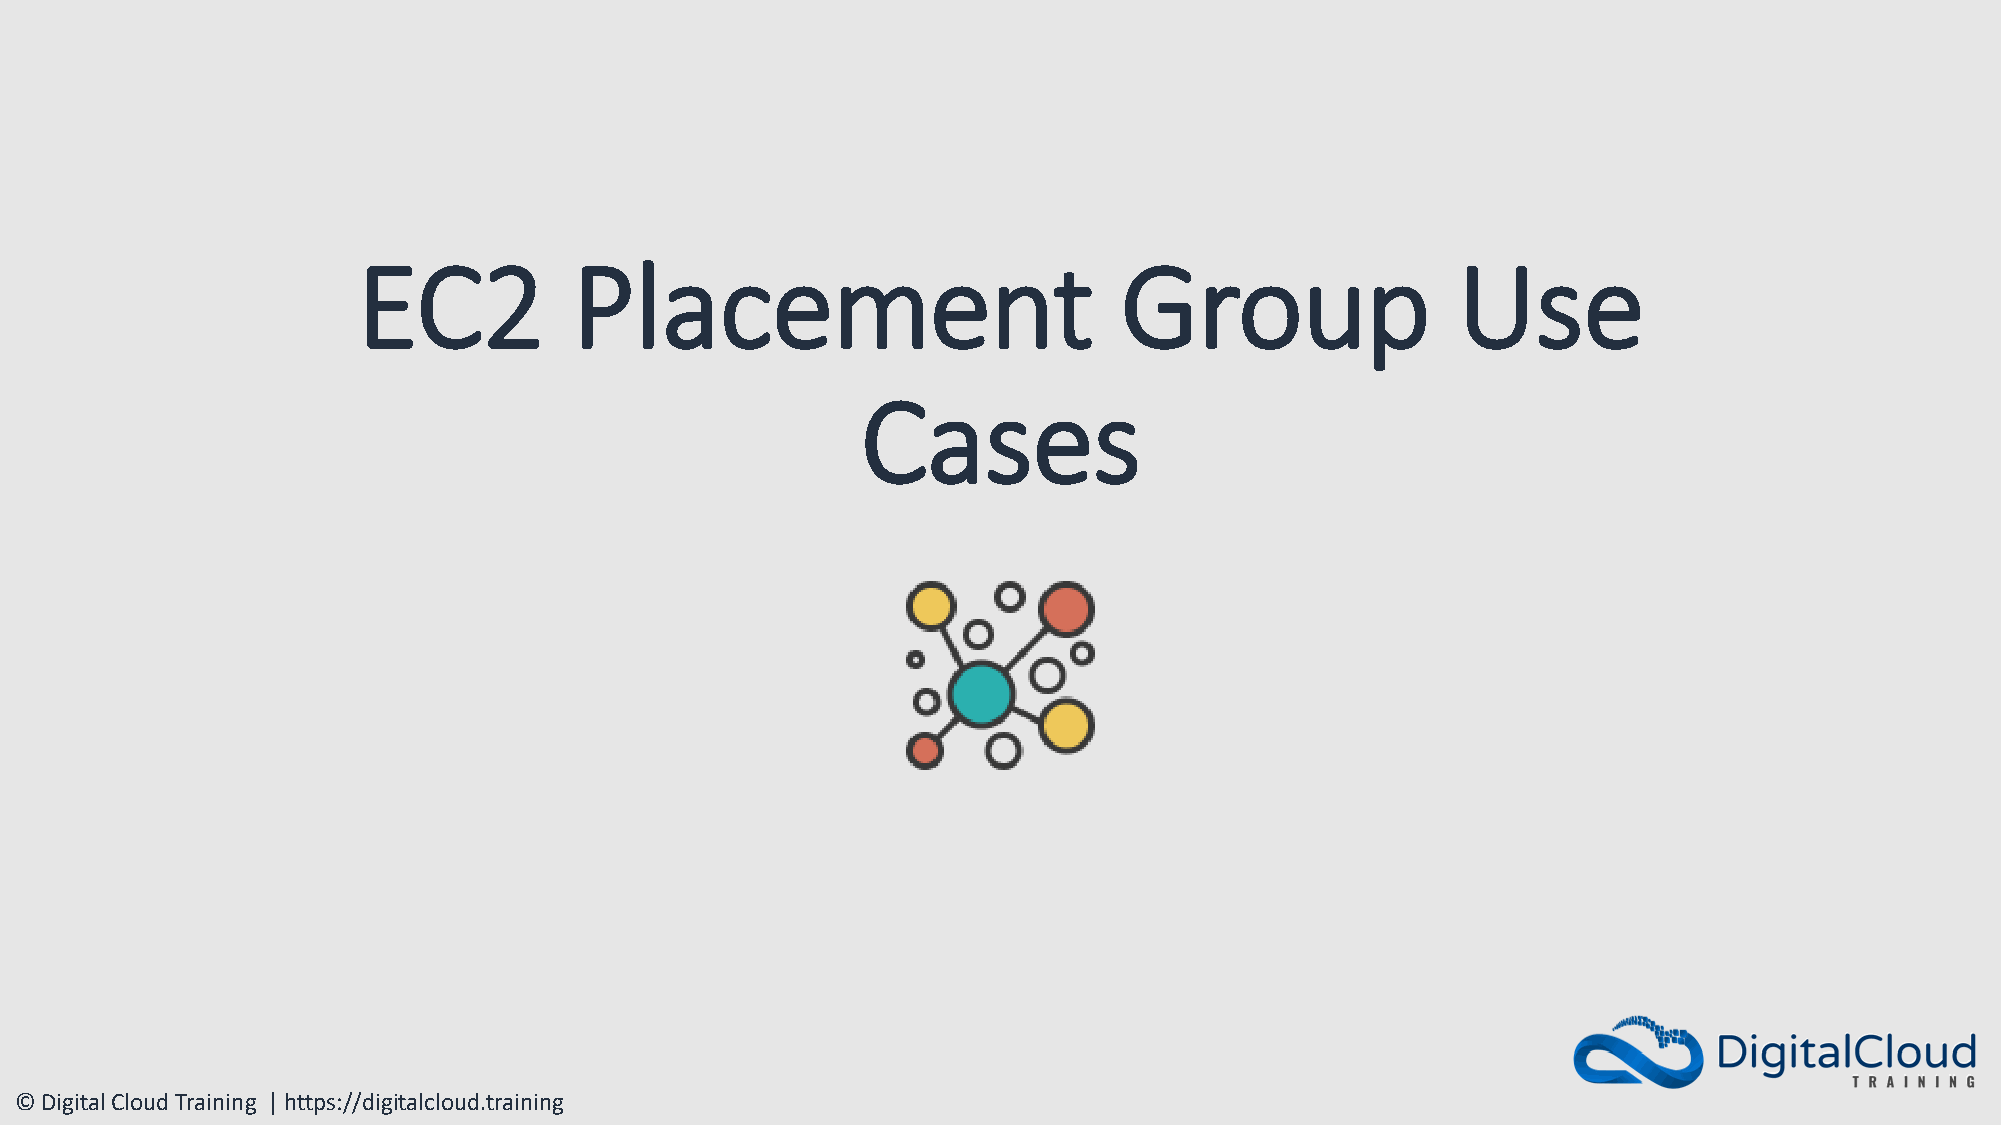
EC2           Placement                           Group                 Use
 Cases
 © Digital Cloud Training | https://digitalcloud.training